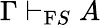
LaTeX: \Gamma\vdash_{\mathrm{F}S}A